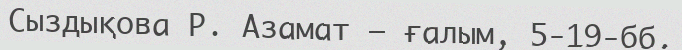
Сыздықова Р. Азамат – ғалым, 5-19-бб.